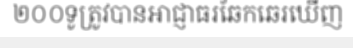
២០០ទូត្រូវបានអាជ្ញាធរឆែកឆេរឃើញ